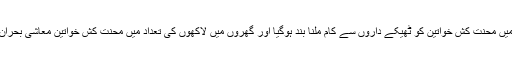
گھریلو صنعتوں میں محنت کش خواتین کو ٹھیکے داروں سے کام ملنا بند ہوگیا اور گھروں میں لاکھوں کی تعداد میں محنت کش خواتین معاشی بحران کا شکار ہوگئیں۔